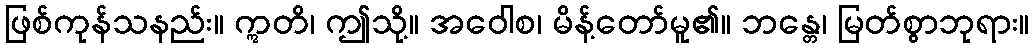
ဖြစ်ကုန်သနည်း။ ဣတိ၊ ဤသို့။ အဝေါစ၊ မိန့်တော်မူ၏။ ဘန္တေ၊ မြတ်စွာဘုရား။